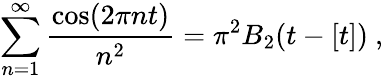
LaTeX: \sum_{n=1}^{\infty}{\frac{\cos(2\pi nt)}{n^{2}}}=\pi^{2}B_{2}(t-[t])\ ,